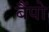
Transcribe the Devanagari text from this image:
बैंपो